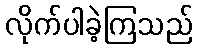
လိုက်ပါခဲ့ကြသည်